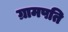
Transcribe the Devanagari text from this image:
ग्रामपति